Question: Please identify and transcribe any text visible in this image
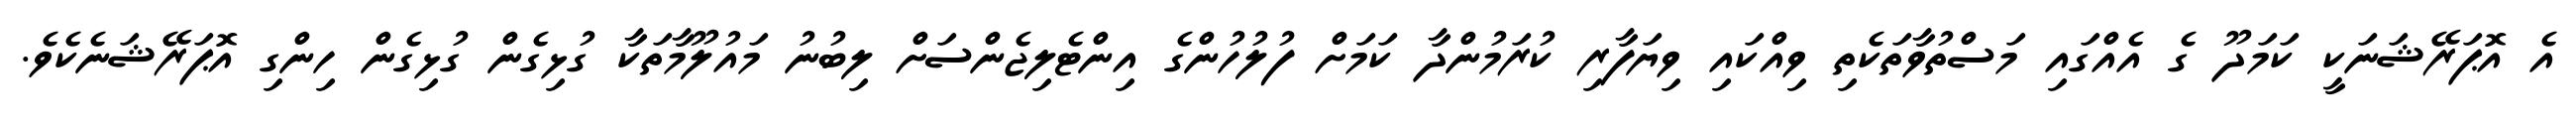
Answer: އެ އޮޕަރޭޝަނަކީ ކަމަދޫ ގެ އެއްގައި މަސްތުވާތަކެތި ވިއްކައި ވިޔަފާރި ކުރަމުންދާ ކަމަށް ފުލުހުންގެ އިންޓެލިޖެންސަށް ލިބުނު މައުލޫމާތަކާ ގުޅިގެން ގުޅިގެން ހިންގި އޮޕަރޭޝަނެކެވެ.